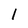
Character: 1